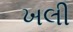
ખલી